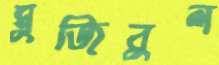
মুজিবুল